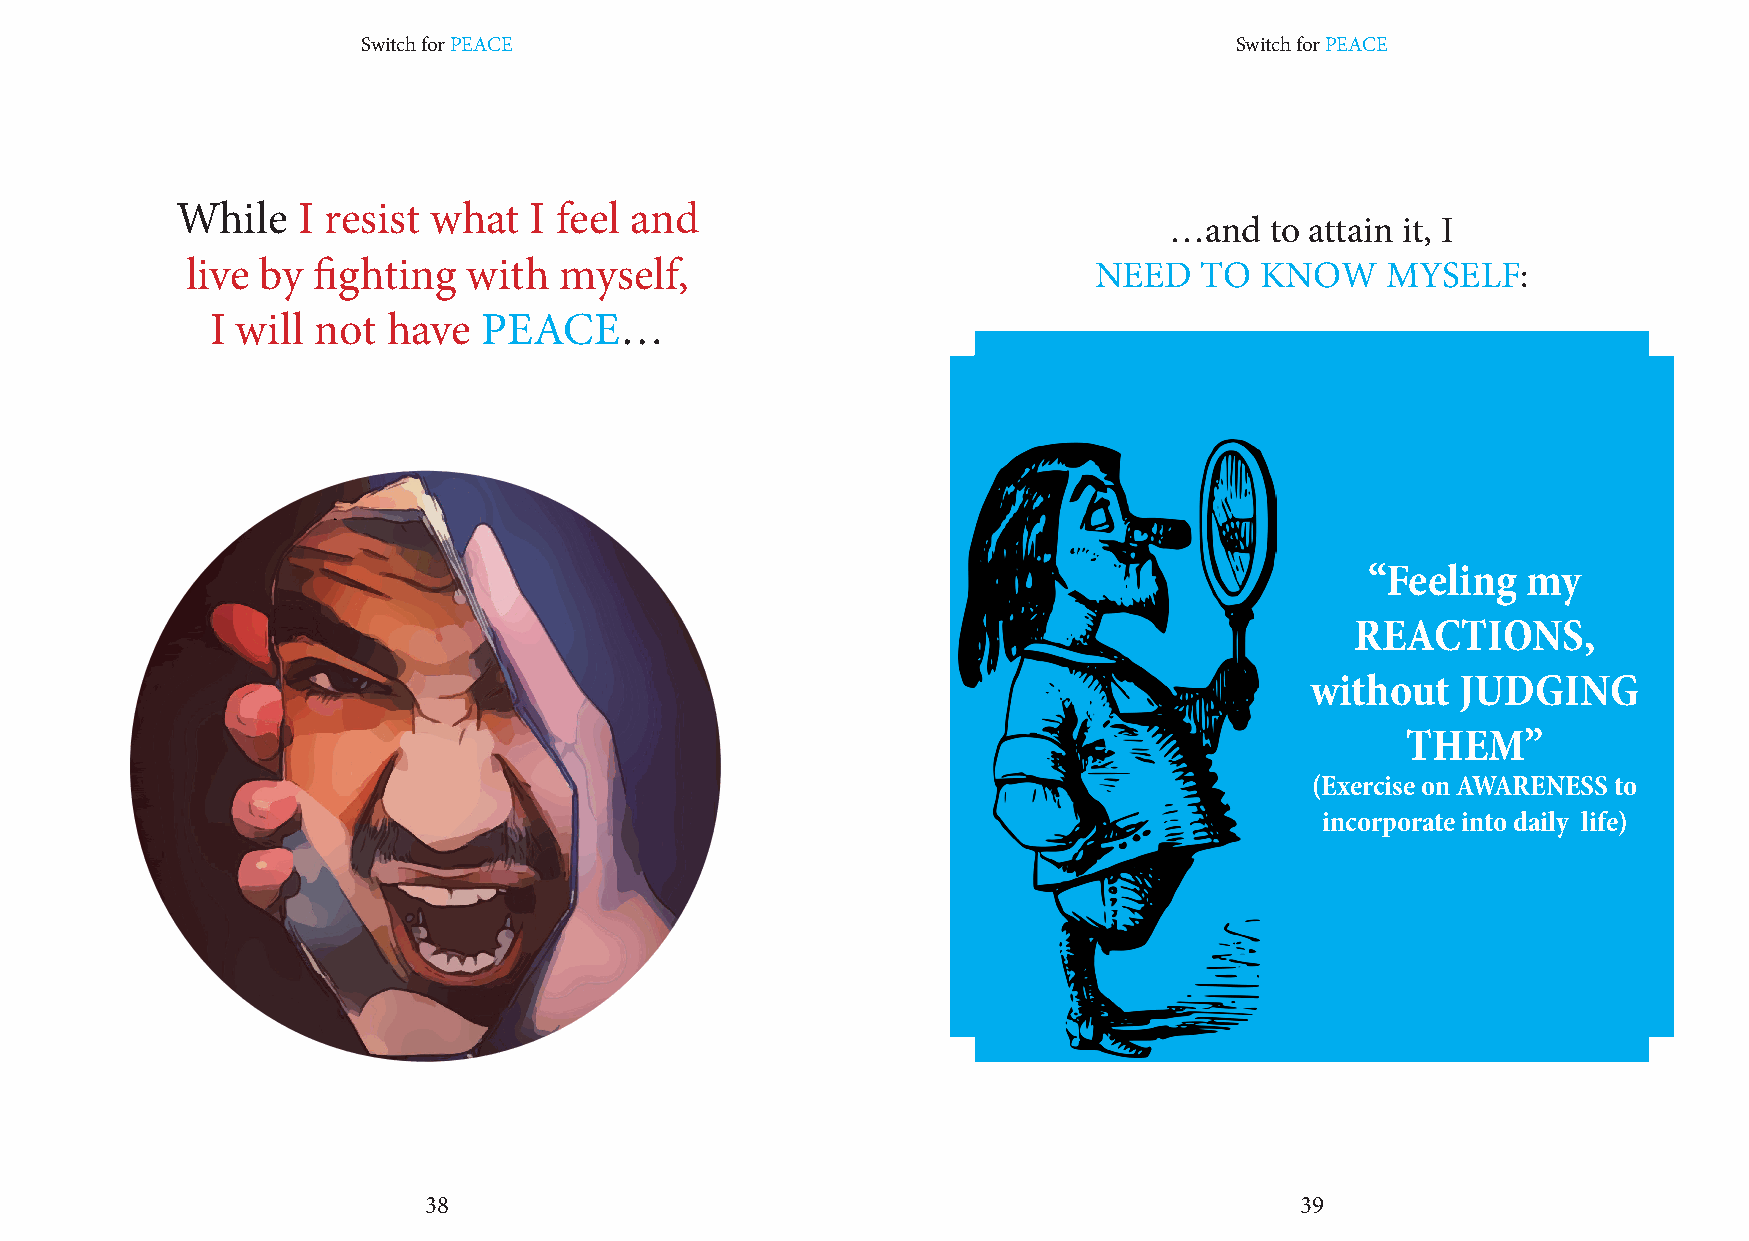
Switch for PEACE                                          Switch for PEACE
 While   I resist what  I feel and
 …and   to attain it, I
 live by  fighting  with  myself,                            NEED   TO  KNOW     MYSELF:
 I will not  have  PEACE…
 “Feeling  my
 REACTIONS,
 without   JUDGING
 THEM”
 (Exercise on AWARENESS to
 incorporate into daily life)
 38                                                        39